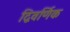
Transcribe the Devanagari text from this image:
द्विवर्णिक